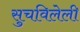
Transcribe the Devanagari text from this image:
सुचविलेली